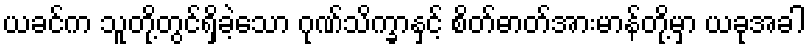
ယခင်က သူတို့တွင်ရှိခဲ့သော ဂုဏ်သိက္ခာနှင့် စိတ်ဓာတ်အားမာန်တို့မှာ ယခုအခါ